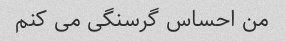
من احساس گرسنگی می کنم